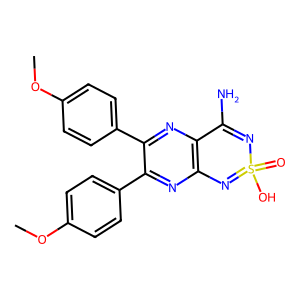
SMILES: COc1ccc(-c2nc3c(nc2-c2ccc(OC)cc2)C(N)=NS(=O)(O)=N3)cc1
Inhibits HIV replication: No